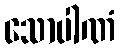
သောပါဏံ